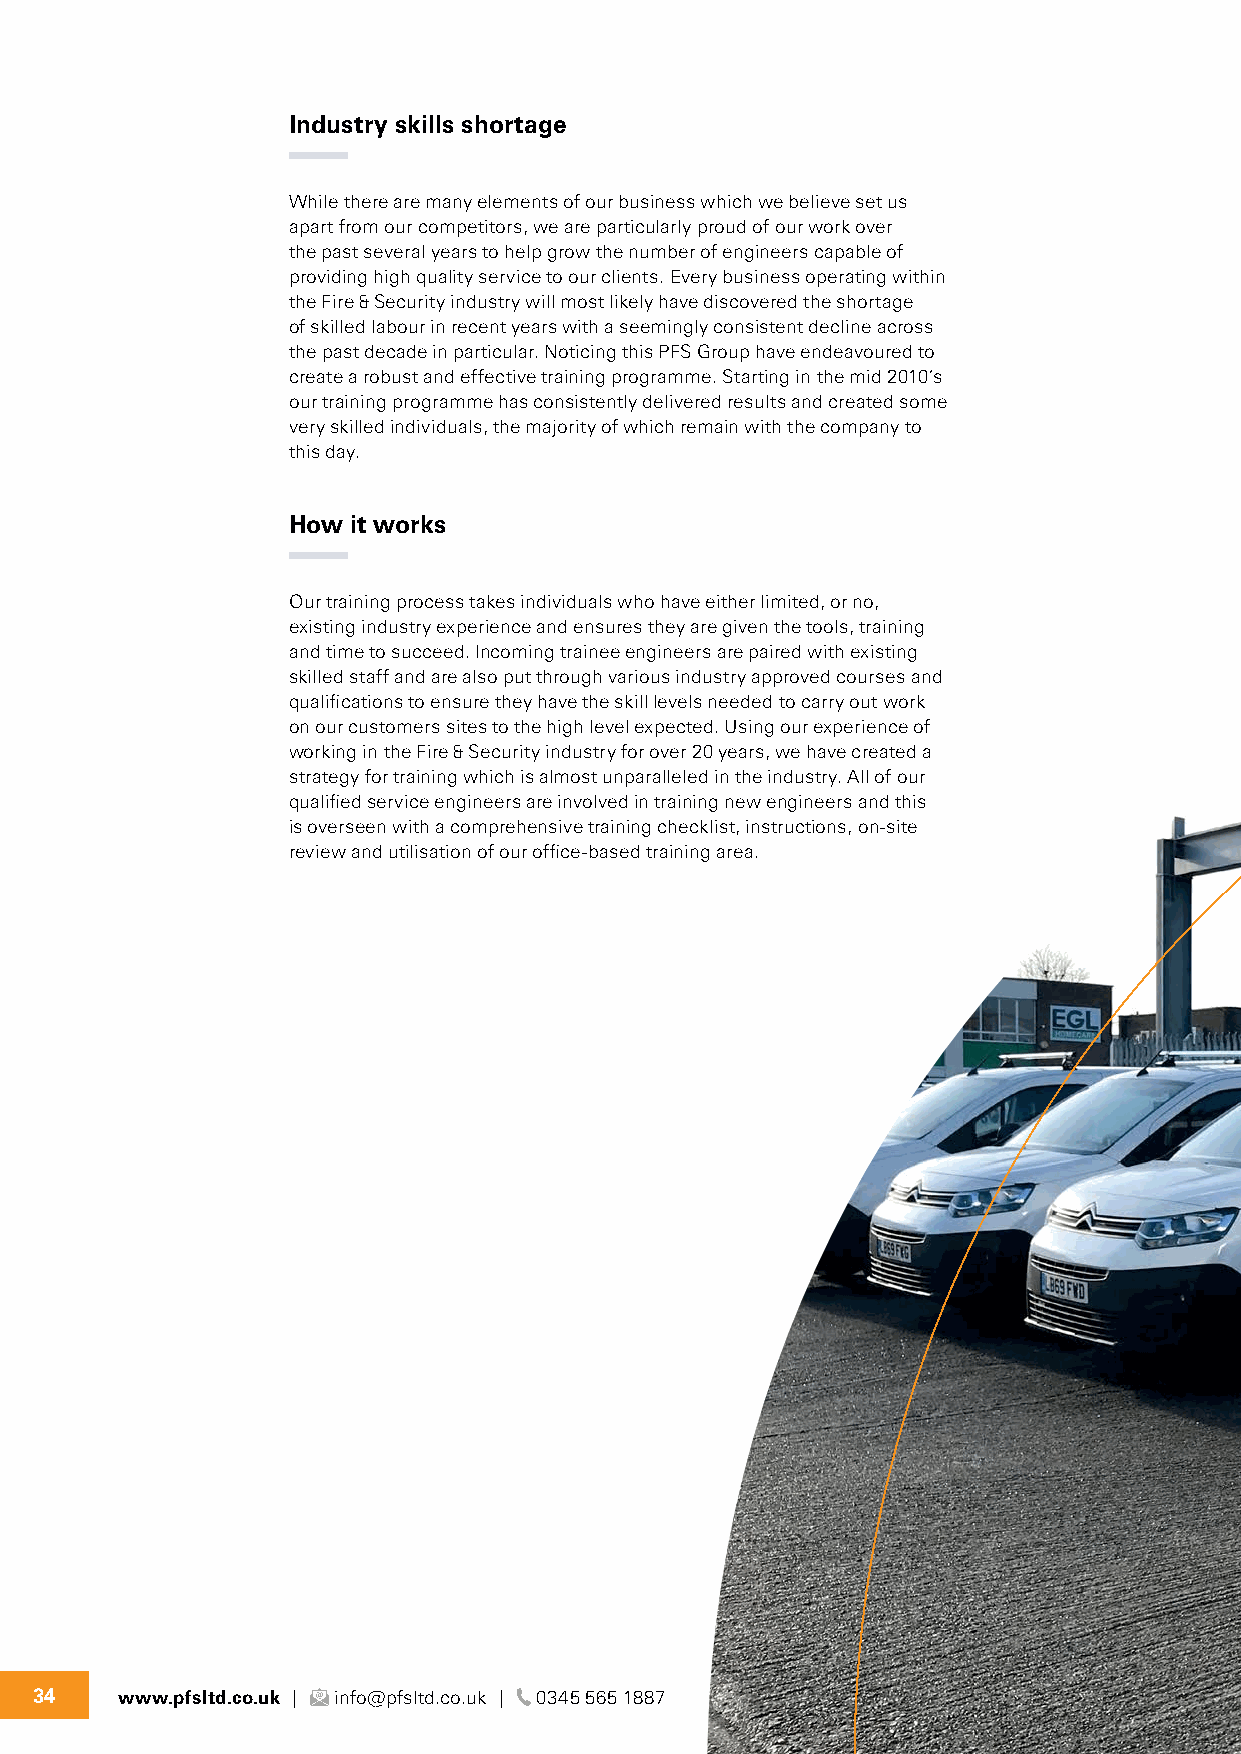
Industry skills shortage
 While there are many elements of our business which we believe set us
 apart from our competitors, we are particularly proud of our work over
 the past several years to help grow the number of engineers capable of
 providing high quality service to our clients. Every business operating within
 the Fire & Security industry will most likely have discovered the shortage
 of skilled labour in recent years with a seemingly consistent decline across
 the past decade in particular. Noticing this PFS Group have endeavoured to
 create a robust and effective training programme. Starting in the mid 2010’s
 our training programme has consistently delivered results and created some
 very skilled individuals, the majority of which remain with the company to
 this day.
 How it works
 Our training process takes individuals who have either limited, or no,
 existing industry experience and ensures they are given the tools, training
 and time to succeed. Incoming trainee engineers are paired with existing
 skilled staff and are also put through various industry approved courses and
 qualifications to ensure they have the skill levels needed to carry out work
 on our customers sites to the high level expected. Using our experience of
 working in the Fire & Security industry for over 20 years, we have created a
 strategy for training which is almost unparalleled in the industry. All of our
 qualified service engineers are involved in training new engineers and this
 is overseen with a comprehensive training checklist, instructions, on-site
 review and utilisation of our office-based training area.
 34    www.pfsltd.co.uk | info@pfsltd.co.uk | 0345 565 1887